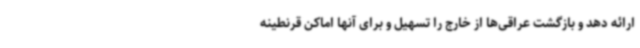
ارائه دهد و بازگشت عراقی‌ها از خارج را تسهیل و برای آنها اماکن قرنطینه